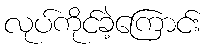
လုပ်ကိုင်ခဲ့ကြောင်း